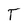
Character: T